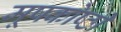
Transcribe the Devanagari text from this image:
मूषकोष्ठी